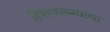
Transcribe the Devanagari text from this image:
हिमाचलमधल्या